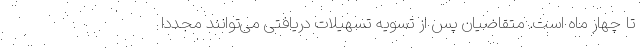
تا چهار ماه است. متقاضیان پس از تسویه تسهیلات دریافتی می‌توانند مجددا